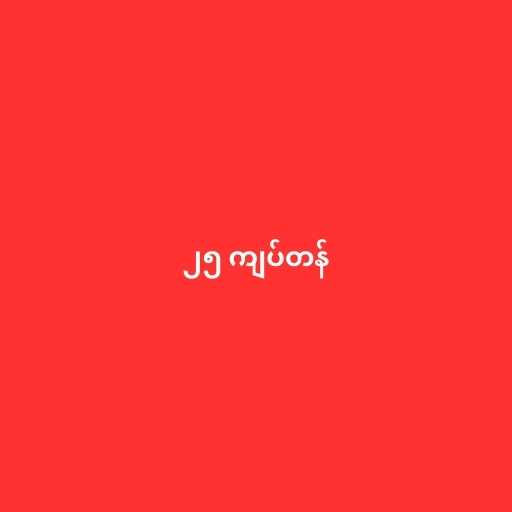
၂၅ ကျပ်တန်